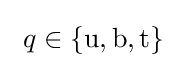
\ q\in \{\mathrm {u,b,t} \}~